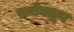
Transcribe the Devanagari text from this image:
सभेमधून